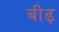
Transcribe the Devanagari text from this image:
बीढ़